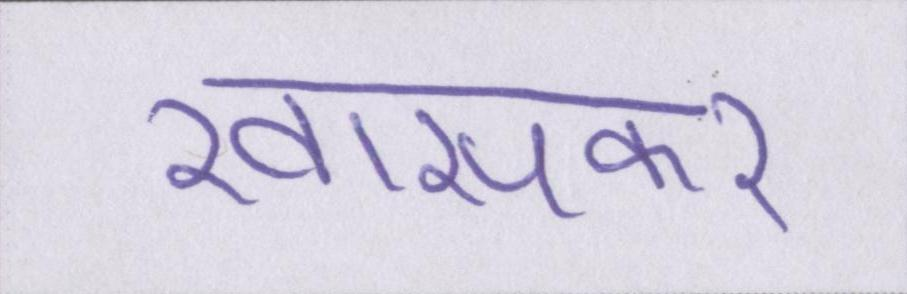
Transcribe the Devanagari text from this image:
खासकर